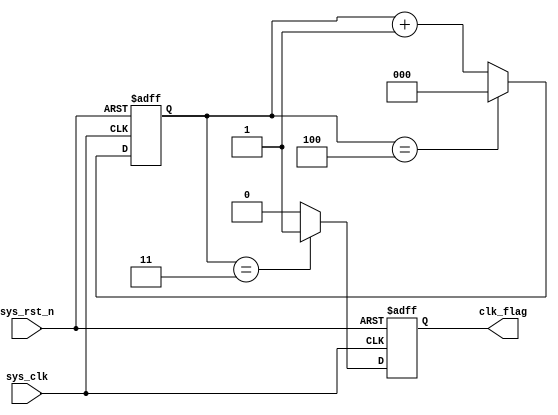
module  divider_five
(
    input       wire    sys_clk     ,
    input       wire    sys_rst_n   ,
    
    output      reg    clk_flag     
);

reg      [2:0]       cnt;
// reg                 clk_1;
// reg                 clk_2;

always@ (posedge sys_clk or negedge sys_rst_n)
    if(sys_rst_n == 1'b0)
        cnt <= 3'b0;
    else    if(cnt == 3'd4)
        cnt <= 3'b0;
    else
        cnt <= cnt + 3'd1;
        
always@ (posedge sys_clk or negedge sys_rst_n)
    if(sys_rst_n == 1'b0)
        clk_flag <= 1'b0;
    else    if(cnt == 3'd3)
        clk_flag <=1'b1;
    else
        clk_flag <=1'b0;

/* always@ (posedge sys_clk or negedge sys_rst_n)
    if(sys_rst_n == 1'b0)
        clk_1   <=  1'b0;
    else    if(cnt == 3'd2)
        clk_1   <=  1'b1;
    else    if(cnt  ==  3'd4)
        clk_1   <=  1'b0;
    else
        clk_1   <=  clk_1   ;

always@ (negedge sys_clk or negedge sys_rst_n)
    if(sys_rst_n == 1'b0)
        clk_2    <=  1'b0;
    else    if(cnt  ==  3'd2)
        clk_2    <=  1'b1;
    else    if(cnt  ==  3'd4)
        clk_2    <=  1'b0;
    else
        clk_2   <=  clk_2; */

// assign  clk_out =   (clk_1 | clk_2);

endmodule